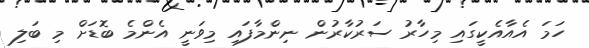
ހަމަ އެއާއެކީގައި މިހާރު ސަރުކާރުން ނިންމާފައި މިވަނީ އެންމެ ބޮޑަށް މި ބަލި